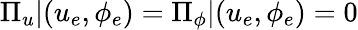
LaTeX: \Pi_{u}|{(u_{e},\phi_{e})}=\Pi_{\phi}|{(u_{e},\phi_{e})}=0